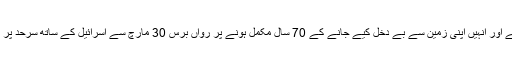
خیال رہے کہ فلسطینیوں کا 30 مارچ سے 1948 سے ان کی سرزمین چھن جانے اور انہیں اپنی زمین سے بے دخل کیے جانے کے 70 سال مکمل ہونے پر رواں برس 30 مارچ سے اسرائیل کے ساتھ سرحد پر احتجاجی مظاہرہ جاری ہے، جہاں وہ اپنی زمین کی واپسی کا مطالبہ کر رہے ہیں۔